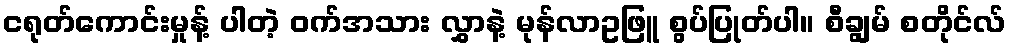
ငရုတ်ကောင်းမှုန့် ပါတဲ့ ဝက်အသား လွှာနဲ့ မုန်လာဥဖြူ စွပ်ပြုတ်ပါ။ စီချွမ် စတိုင်လ်